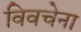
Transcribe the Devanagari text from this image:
विवचेना